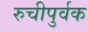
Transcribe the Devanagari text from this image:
रुचीपुर्वक